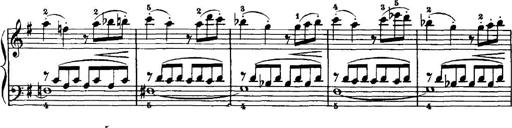
Title: 7 Sonatinas
Composer: Anton Diabelli